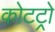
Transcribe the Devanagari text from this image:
कोटट्रो